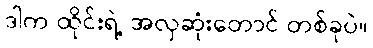
ဒါက ထိုင်းရဲ့ အလှဆုံးတောင် တစ်ခုပဲ။